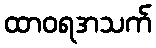
ထာဝရအသက်